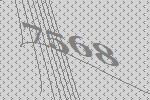
7568